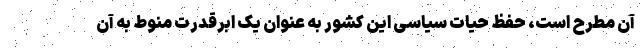
آن مطرح است، حفظ حیات سیاسی این کشور به عنوان یک ابرقدرت منوط به آن